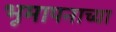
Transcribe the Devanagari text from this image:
भूमापनाच्या